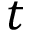
t